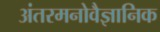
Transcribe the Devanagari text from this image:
अंतरमनोवैज्ञानिक